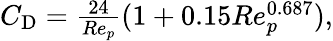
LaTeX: \begin{array}{r}{C_{\mathrm{D}}=\frac{24}{Re_{p}}(1+0{.}15Re_{p}^{0{.}687}),}\end{array}